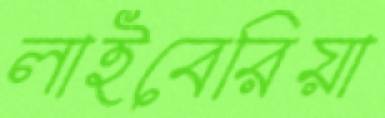
লাইবেরিয়া